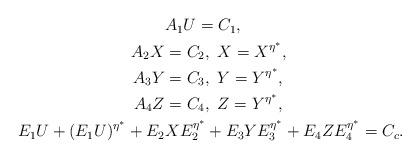
LaTeX: \begin{align*}\begin{aligned}&A_1U=C_1,\\A_{2}X&=C_{2},\ X=X^{\eta^{\ast}},\\A_{3}Y&=C_{3},\ Y=Y^{\eta^{\ast}},\\A_{4}Z&=C_{4},\ Z=Y^{\eta^{\ast}},\\E_1U+(E_1U)^{\eta^{\ast}}+E_{2}&XE_{2}^{\eta^{\ast}}+E_{3}YE_{3}^{\eta^{\ast}}+E_{4}ZE_{4}^{\eta^{\ast}}=C_c.\end{aligned}\end{align*}